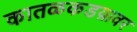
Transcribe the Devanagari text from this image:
कातळकडय़ावर